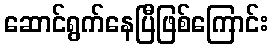
ဆောင်ရွက်နေပြီဖြစ်ကြောင်း